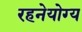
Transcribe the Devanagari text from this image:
रहनेयोग्य